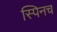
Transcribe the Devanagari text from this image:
स्पिनच